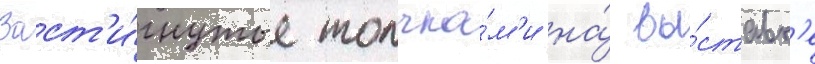
Заст'и́гнутые толчка́м'и на́ вы́ставк'е